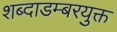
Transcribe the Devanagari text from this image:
शब्दाडम्बरयुक्त